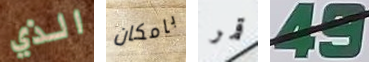
الذي بامكان قمر 49